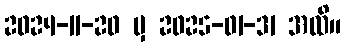
2024-11-20 မှ 2025-01-31 အထိ။